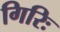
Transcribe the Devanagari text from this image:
गिरिः